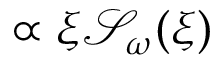
\propto \xi \mathcal { S } _ { \omega } ( \xi )